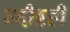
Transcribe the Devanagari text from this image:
उद्दीष्टही